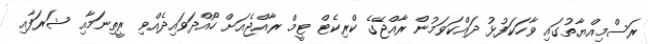
ރަސްމިއްޔާތުގައި ވާހަކަފުޅު ދައްކަވަމުން ރާއްޖޭގެ ކްރިކެޓް ޓީމް ރާއްޖެއަށް ހޯއްދަވައިދެއްވި ރީތިނަމާއި ޝަރަފާއި